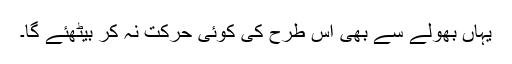
یہاں بھولے سے بھی اس طرح کی کوئی حرکت نہ کر بیٹھئے گا۔